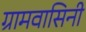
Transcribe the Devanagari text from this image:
ग्रामवासिनी